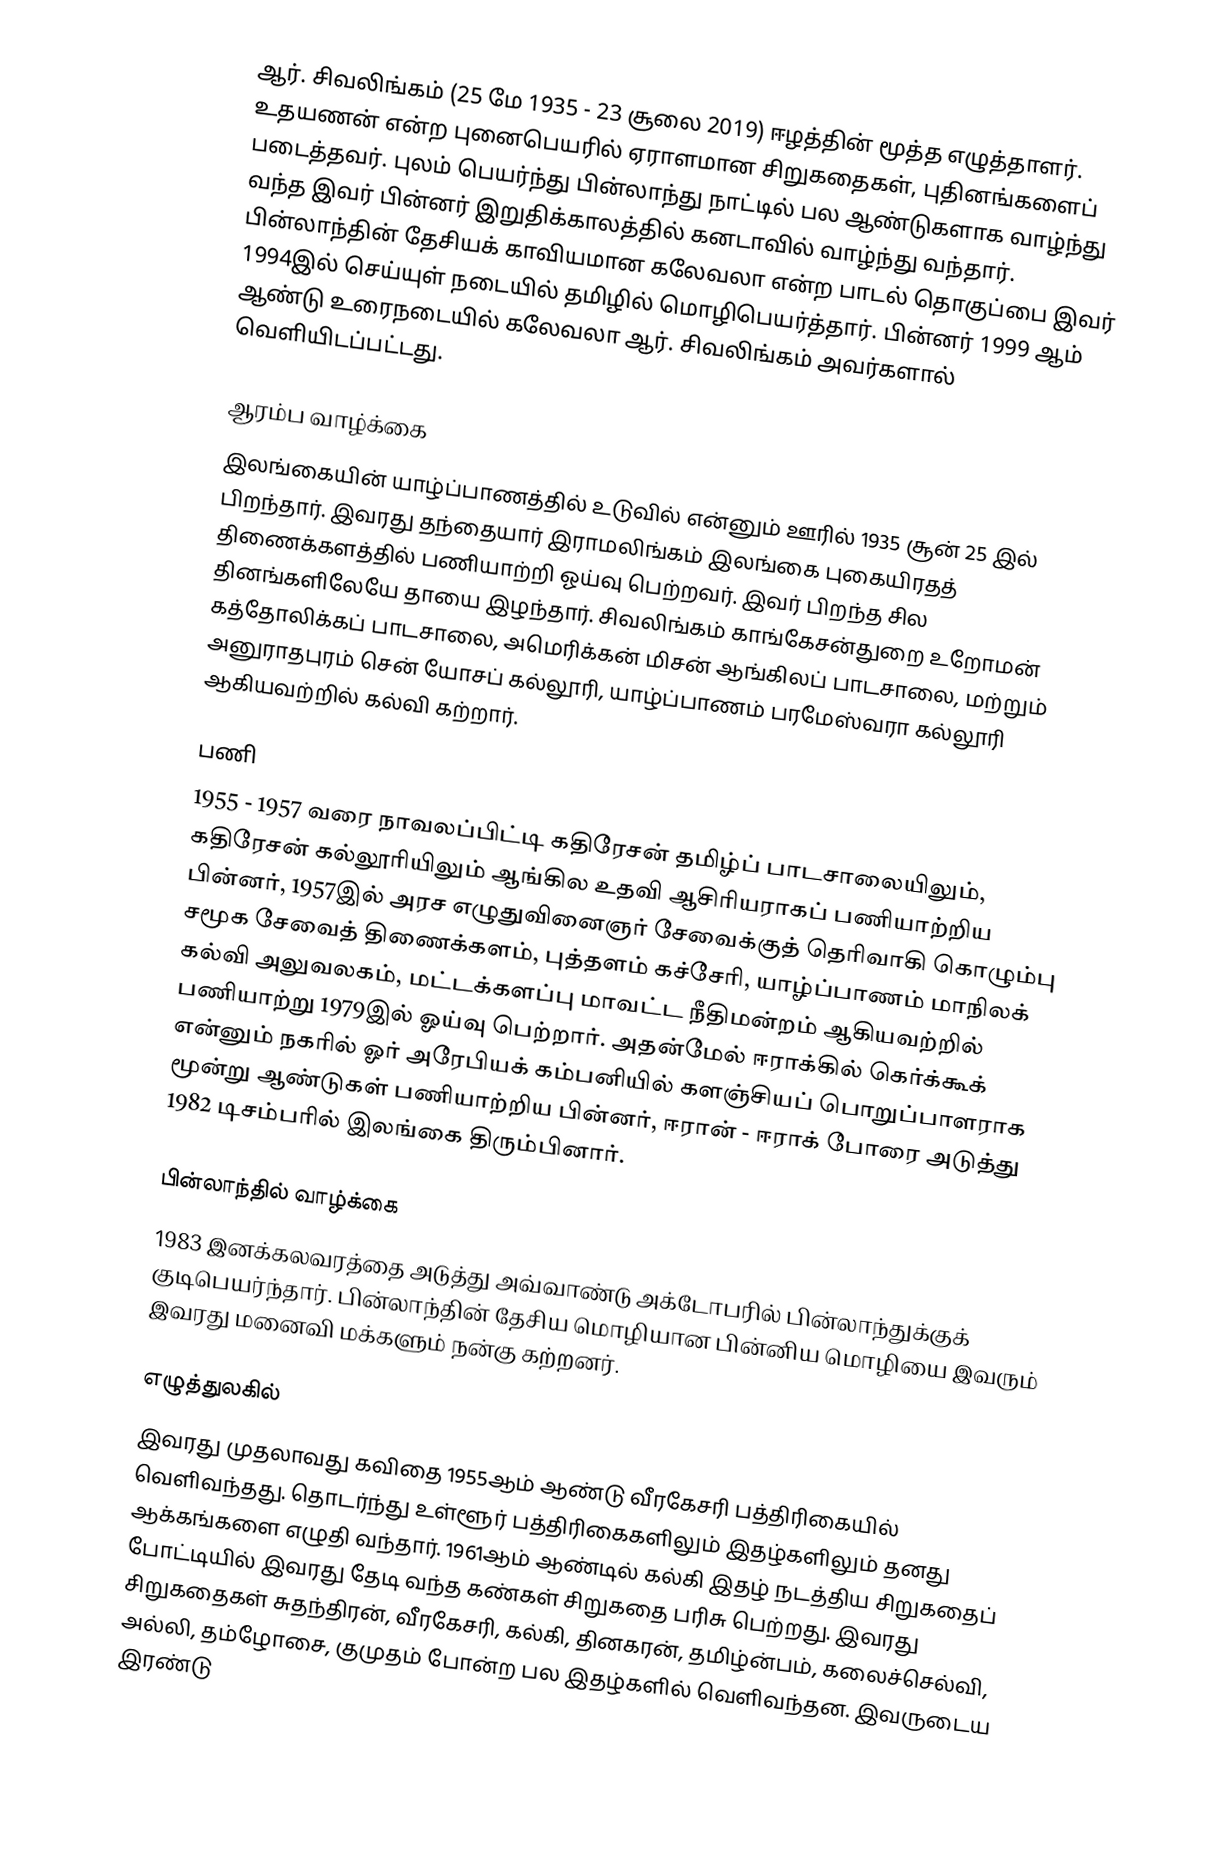
ஆர். சிவலிங்கம் (25 மே 1935 - 23 சூலை 2019) ஈழத்தின் மூத்த எழுத்தாளர். உதயணன் என்ற புனைபெயரில் ஏராளமான சிறுகதைகள், புதினங்களைப் படைத்தவர். புலம் பெயர்ந்து பின்லாந்து நாட்டில் பல ஆண்டுகளாக வாழ்ந்து வந்த இவர் பின்னர் இறுதிக்காலத்தில் கனடாவில் வாழ்ந்து வந்தார். பின்லாந்தின் தேசியக் காவியமான கலேவலா என்ற பாடல் தொகுப்பை இவர் 1994இல் செய்யுள் நடையில் தமிழில் மொழிபெயர்த்தார். பின்னர் 1999 ஆம் ஆண்டு உரைநடையில் கலேவலா ஆர். சிவலிங்கம் அவர்களால் வெளியிடப்பட்டது.

ஆரம்ப வாழ்க்கை
இலங்கையின் யாழ்ப்பாணத்தில் உடுவில் என்னும் ஊரில் 1935 சூன் 25 இல் பிறந்தார். இவரது தந்தையார் இராமலிங்கம் இலங்கை புகையிரதத் திணைக்களத்தில் பணியாற்றி ஓய்வு பெற்றவர். இவர் பிறந்த சில தினங்களிலேயே தாயை இழந்தார். சிவலிங்கம் காங்கேசன்துறை உறோமன் கத்தோலிக்கப் பாடசாலை, அமெரிக்கன் மிசன் ஆங்கிலப் பாடசாலை, மற்றும் அனுராதபுரம் சென் யோசப் கல்லூரி, யாழ்ப்பாணம் பரமேஸ்வரா கல்லூரி ஆகியவற்றில் கல்வி கற்றார்.

பணி
1955 - 1957 வரை நாவலப்பிட்டி கதிரேசன் தமிழ்ப் பாடசாலையிலும், கதிரேசன் கல்லூரியிலும் ஆங்கில உதவி ஆசிரியராகப் பணியாற்றிய பின்னர், 1957இல் அரச எழுதுவினைஞர் சேவைக்குத் தெரிவாகி கொழும்பு சமூக சேவைத் திணைக்களம், புத்தளம் கச்சேரி, யாழ்ப்பாணம் மாநிலக் கல்வி அலுவலகம், மட்டக்களப்பு மாவட்ட நீதிமன்றம் ஆகியவற்றில் பணியாற்று 1979இல் ஓய்வு பெற்றார். அதன்மேல் ஈராக்கில் கெர்க்கூக் என்னும் நகரில் ஓர் அரேபியக் கம்பனியில் களஞ்சியப் பொறுப்பாளராக மூன்று ஆண்டுகள் பணியாற்றிய பின்னர், ஈரான் - ஈராக் போரை அடுத்து 1982 டிசம்பரில் இலங்கை திரும்பினார்.

பின்லாந்தில் வாழ்க்கை
1983 இனக்கலவரத்தை அடுத்து அவ்வாண்டு அக்டோபரில் பின்லாந்துக்குக் குடிபெயர்ந்தார். பின்லாந்தின் தேசிய மொழியான பின்னிய மொழியை இவரும் இவரது மனைவி மக்களும் நன்கு கற்றனர்.

எழுத்துலகில்
இவரது முதலாவது கவிதை 1955ஆம் ஆண்டு வீரகேசரி பத்திரிகையில் வெளிவந்தது. தொடர்ந்து உள்ளூர் பத்திரிகைகளிலும் இதழ்களிலும் தனது ஆக்கங்களை எழுதி வந்தார். 1961ஆம் ஆண்டில் கல்கி இதழ் நடத்திய சிறுகதைப் போட்டியில் இவரது தேடி வந்த கண்கள் சிறுகதை பரிசு பெற்றது. இவரது சிறுகதைகள் சுதந்திரன், வீரகேசரி, கல்கி, தினகரன், தமிழ்ன்பம், கலைச்செல்வி, அல்லி, தம்ழோசை, குமுதம் போன்ற பல இதழ்களில் வெளிவந்தன. இவருடைய இரண்டு